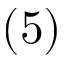
( 5 )